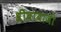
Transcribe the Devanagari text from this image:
श्रीबाबाजी